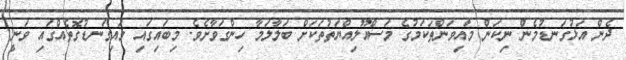
ދެން އަޅުގަނޑުމެން ނިކަން މައިވަންތަކަމުގެ މަސްއޫލިއްޔަތުތަކަށް ބަލާލަމާ ހިންގަވާށެވެ. މިބައިގައި މައިގަނޑުގޮތެއްގައި ވަނީ